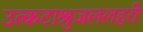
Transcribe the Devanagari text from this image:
उत्कटाश्रुजललहरी